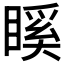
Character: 𥉐